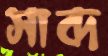
সাব্দ